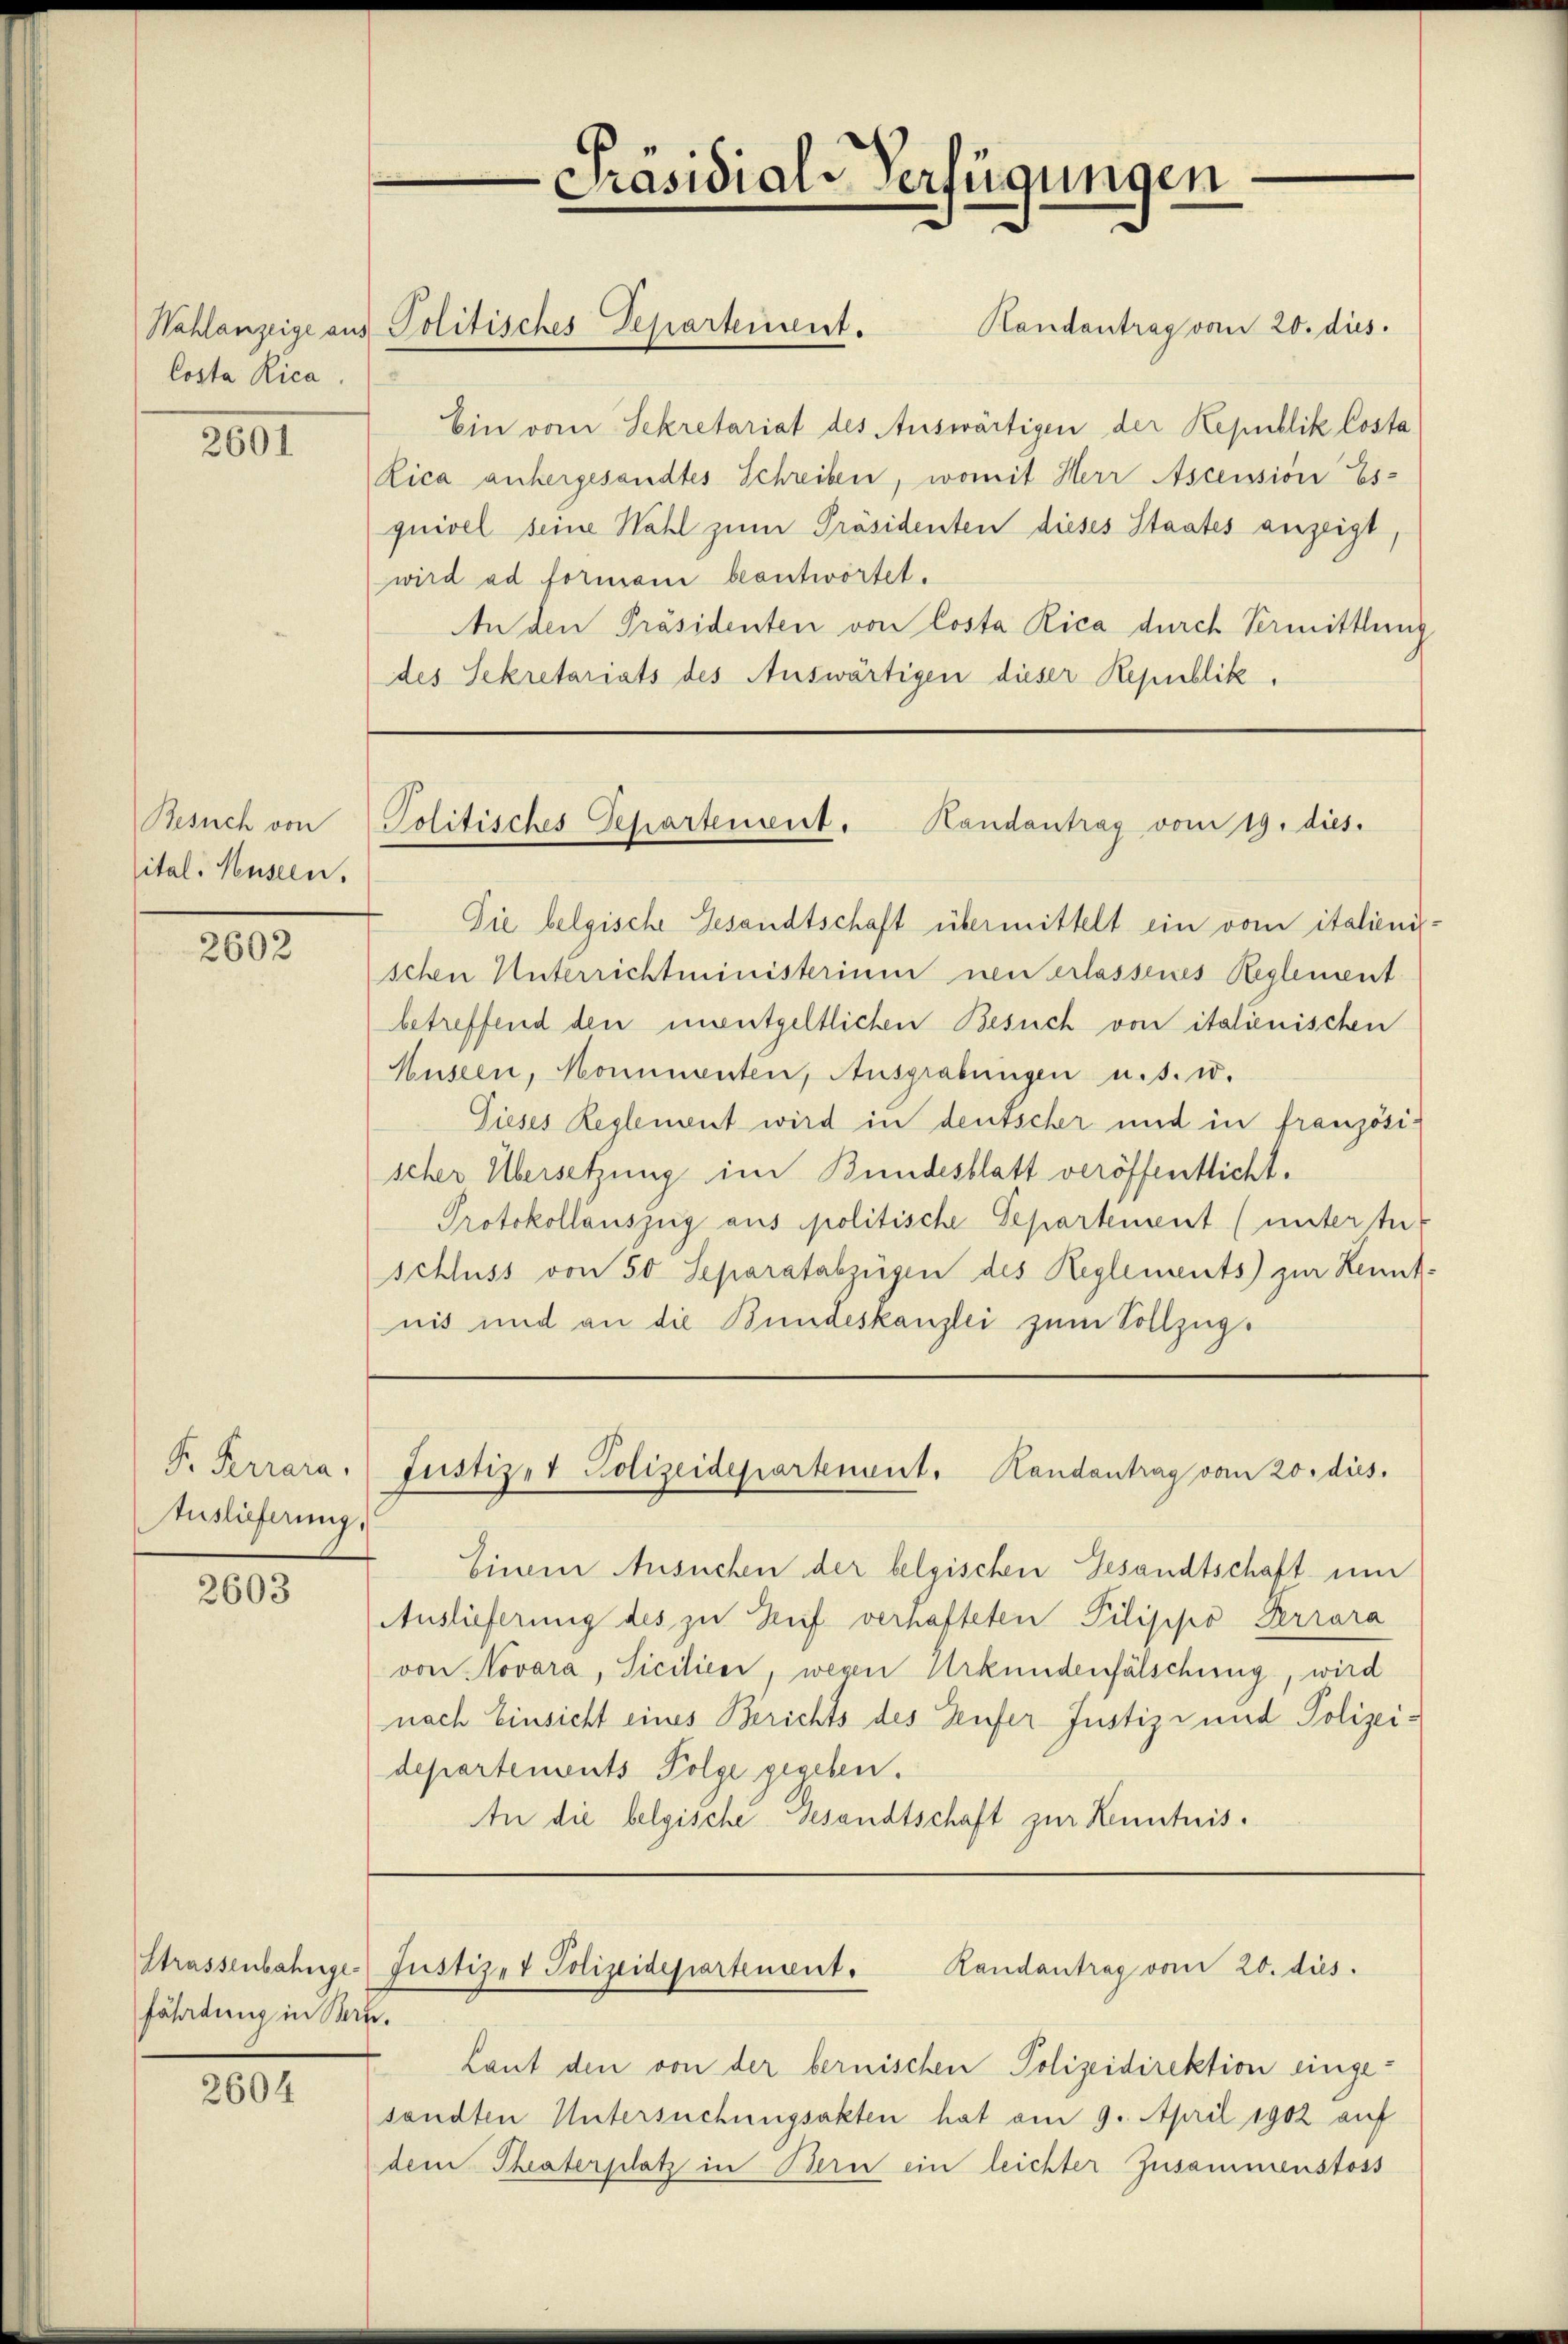
Costa Rica.

2601

Besuch von
ital. Husern,

2602

F. Ferrara.
Auslieferung,

2603

fährdung in Rat.

2604

Wahlanzeige aus Politisches Departement.

“
Präsidial-Verfügungen

Politisches Departement. Handantrag vom 19. dies.

Die belgische Gesandtschaft übermittelt ein vom italienischen Unterrichtministerium neu erlassenes Reglement
betreffend den unentgeltlichen Besuch von italienischen
Museen, Monumenten, Ausgrabungen u. s. w.
Dieses Reglement wird in deutscher und in französischer Übersetzung im Bundesblatt veröffentlicht.
Protokollauszug aus politische Departement (unter tut
schluss von 50 Separatabzügen des Reglements) zur Kennt-
nis und an die Bundeskanzlei zum Vollzug.

Randantrag vom 20. dies.
Ein vom Sekretariat des Auswärtigen der Republik Costa
Lica anhergesandtes Schreiben, womit Herr Ascension Es
quivel seine Wahl zŭm Präsidenten dieses Staates anzeigt,
wird ad formani beantwortet.
An den Präsidenten von Costa Rica durch Vermittlung
des Sekretariats des Auswärtigen dieser Republik.

Justizet Polizeidepartement. Handantrag vom 20. dies.

Einem Ansuchen der belgischen Gesandtschaft um
Auslieferung des zu Brief verhafteten Pilippo Perrara
von Novara, Siciliées, wegen Urkundenfälschung, wird
nach Einsicht eines Berichts des Teufer Justiz- und Polizeidepartements Folge gegeben.
An die belgische Gesandtschaft zur Kenntnis¬

Strassenbahnge-Justiz- & Polizeidepartement. Randantrag vom 20. dies.

Laut den von der bernischen Polizeidirektion eingesandten Untersuchungsakten hat am 9. April 1902 auf
dem Theaterschatz in Bern ein leichter Zusammenstoss